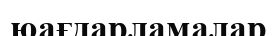
юағдарламалар